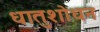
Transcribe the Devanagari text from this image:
धातुशोधन